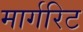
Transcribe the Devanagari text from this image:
मार्गरिट